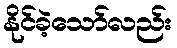
နိုင်ခဲ့သော်လည်း